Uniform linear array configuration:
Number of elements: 12
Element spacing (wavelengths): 0.25
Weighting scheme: hamming
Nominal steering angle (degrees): -30
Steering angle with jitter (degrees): -30.555
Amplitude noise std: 0.05
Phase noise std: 0.05

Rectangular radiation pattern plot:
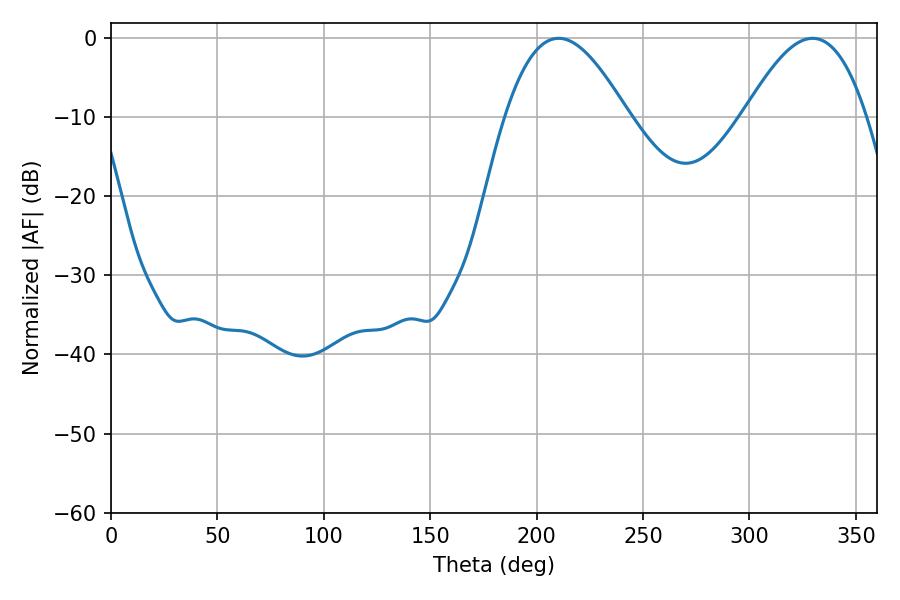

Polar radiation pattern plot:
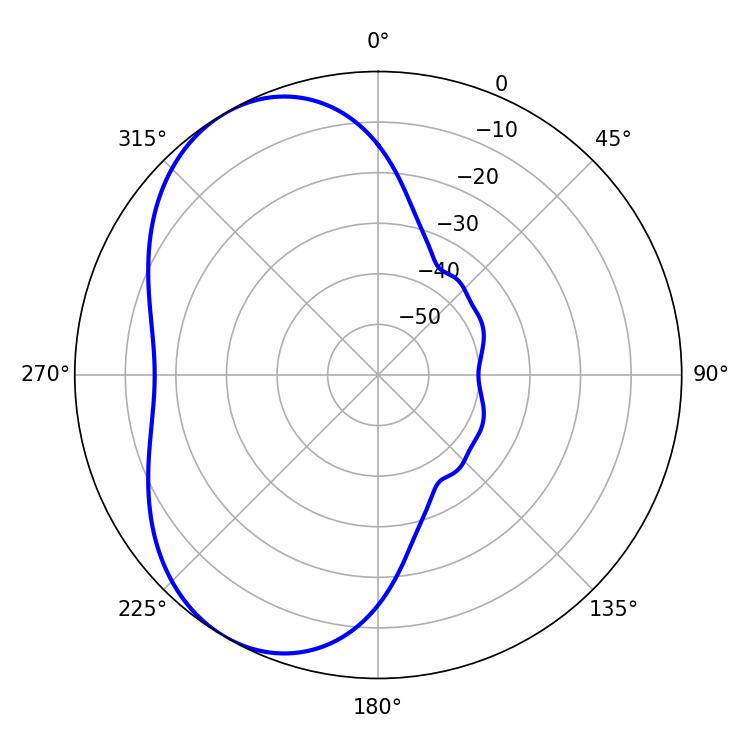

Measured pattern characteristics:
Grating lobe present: FALSE
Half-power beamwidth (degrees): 31.32
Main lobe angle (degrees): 210.24